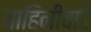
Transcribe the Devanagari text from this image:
वाहिनीवाटे